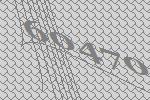
60470